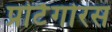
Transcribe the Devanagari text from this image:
प्रोटैगोरस